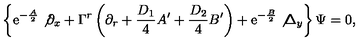
\left\{ \mathrm { e } ^ { - \frac { A } { 2 } } \not { \partial } _ { x } + \Gamma ^ { r } \left( \partial _ { r } + { \frac { D _ { 1 } } { 4 } } A ^ { \prime } + { \frac { D _ { 2 } } { 4 } } B ^ { \prime } \right) + \mathrm { e } ^ { - { \frac { B } { 2 } } } \not { \Delta } _ { y } \right\} \Psi = 0 ,